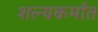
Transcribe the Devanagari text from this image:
शल्यकर्मात